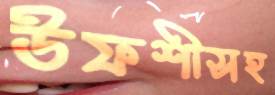
উফশীসহ